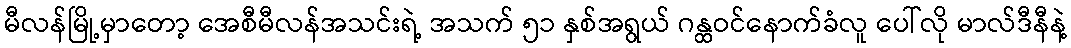
မီလန်မြို့မှာတော့ အေစီမီလန်အသင်းရဲ့ အသက် ၅၁ နှစ်အရွယ် ဂန္ထဝင်နောက်ခံလူ ပေါ်လို မာလ်ဒီနီနဲ့